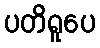
ပတိရူပေ